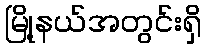
မြို့နယ်အတွင်းရှိ